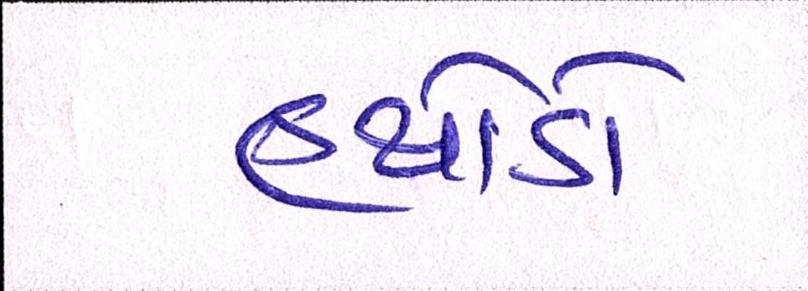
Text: હથોડો